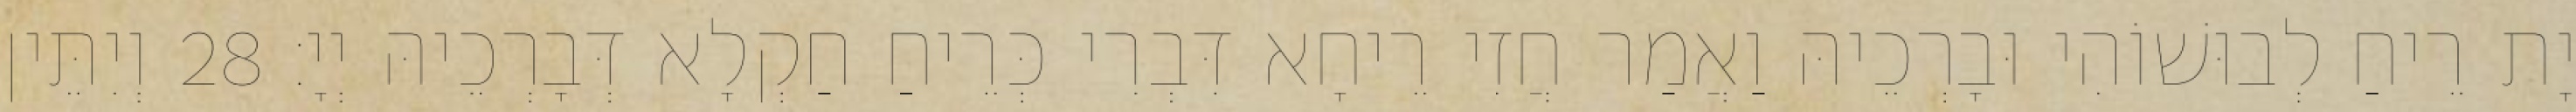
יָת רֵיחַ לְבוּשׁוֹהִי וּבָרְכֵיהּ וַאֲמַר חֲזִי רֵיחָא דִּבְרִי כְּרֵיחַ חַקְלָא דְּבָרְכֵיהּ יְיָ׃ 28 וְיִתֵּין